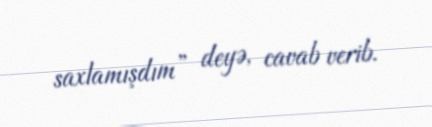
saxlamışdım” deyə, cavab verib.